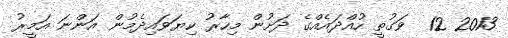
2013 12  ވަގުތީ ހުއްދައެއްގެ ދަށުން މިހާރު ކިޔަވައިދެމުން އަންނަ އަމީރު